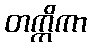
တက္ကိကာ